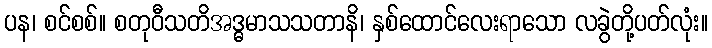
ပန၊ စင်စစ်။ စတုဝီသတိအဒ္ဓမာသသတာနိ၊ နှစ်ထောင်လေးရာသော လခွဲတို့ပတ်လုံး။